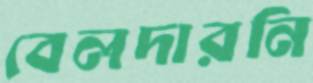
বেলদারনি